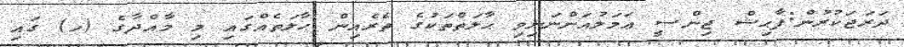
ދަރަޖަކުރުން:ފާޙިޝް ޖިންސީ ޢަމަލުއަންނަނިވި ޙާލަތްތަކުގެ ތެރެއިން ޙާލަތެއްގައި މި މާއްދާގެ (ހ) ގައި